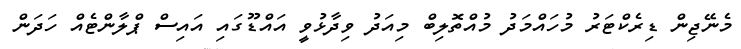
މެނޭޖިން ޑިރެކްޓަރު މުހައްމަދު މުއްތޮލިބް މިއަދު ވިދާޅުވީ އައްޑޫގައި އައިސް ޕްލާންޓެއް ހަދަން